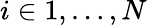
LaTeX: i\in{1,\dots,N}